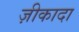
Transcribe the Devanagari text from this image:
ज़ीकादा